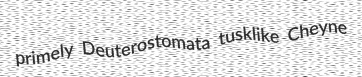
primely Deuterostomata tusklike Cheyne